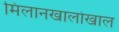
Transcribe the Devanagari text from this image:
मिलानखालोखाल